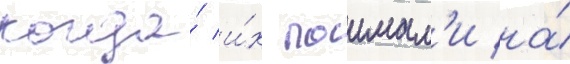
когда́ и́х поимал'и на́